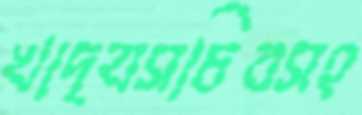
খাদ্যসচিবসহ